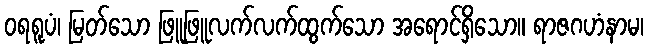
ဝရရူပံ၊ မြတ်သော ဖြူဖြူလက်လက်ထွက်သော အရောင်ရှိသော။ ရာဇဂဟံနာမ၊